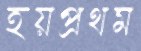
হয়প্রথম